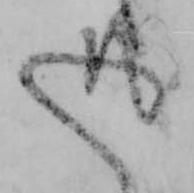
返